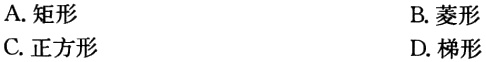
A. 矩形

B. 菱形

C. 正方形

D. 梯形